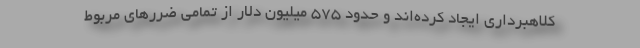
کلاهبرداری ایجاد کرده‌اند و حدود ۵۷۵ میلیون دلار از تمامی ضررهای مربوط